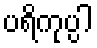
ပရိကုပ္ပါ